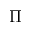
\Pi